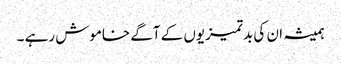
ہمیشہ ان کی بدتمیزیوں کے آگے خاموش رہے ۔